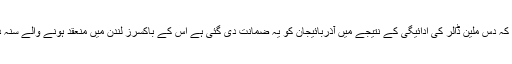
ذرائع کا کہنا ہے کہ ڈبلیو ایس بی کے چیف نے دعویٰ کیا ہے کہ دس ملین ڈالر کی ادائیگی کے نتیجے میں آذربائیجان کو یہ ضمانت دی گئی ہے اس کے باکسرز لندن میں منعقد ہونے والے سنہ دو ہزار بارہ کے اولمپکس میں سونے کے دو میڈلز جیتیں گے۔